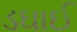
ડઘાઈ